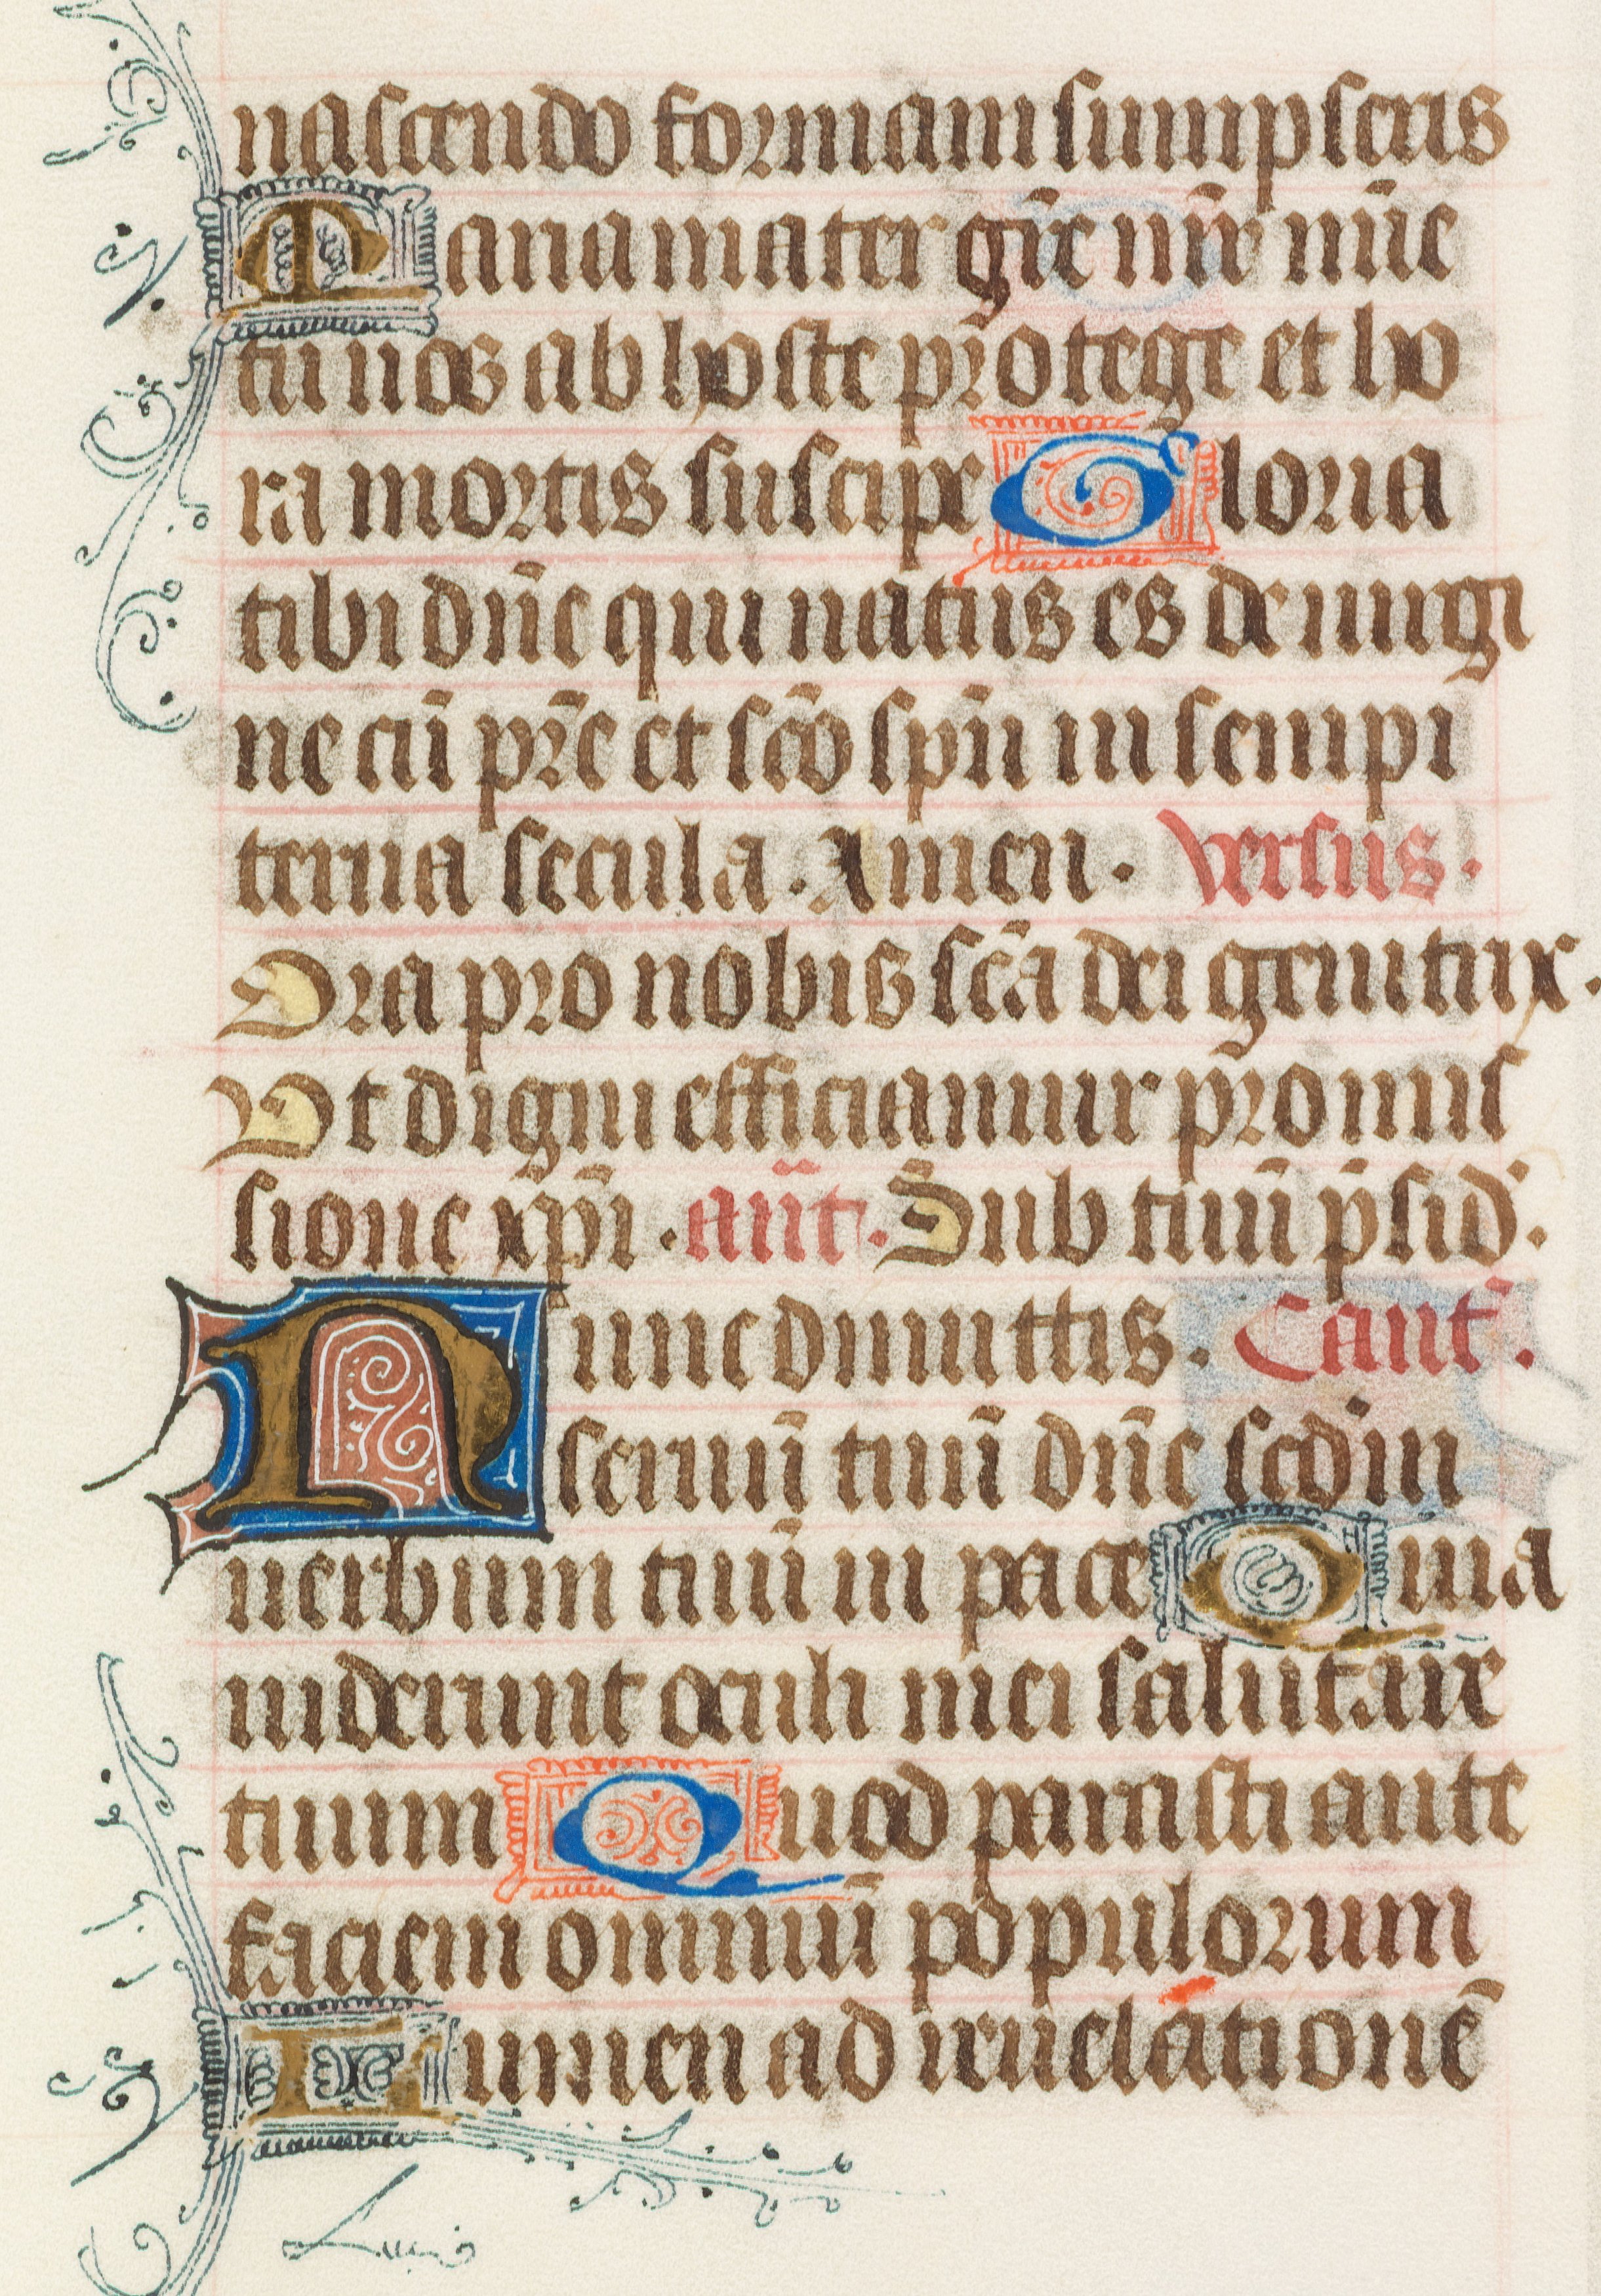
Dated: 1425–1465